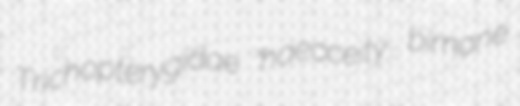
Trichopterygidae haecceity bimane